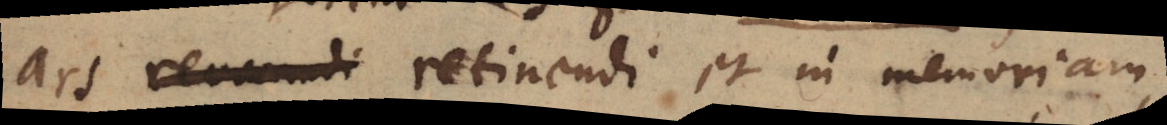
ars revocandi retinendi et in memoriam